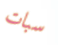
سبات